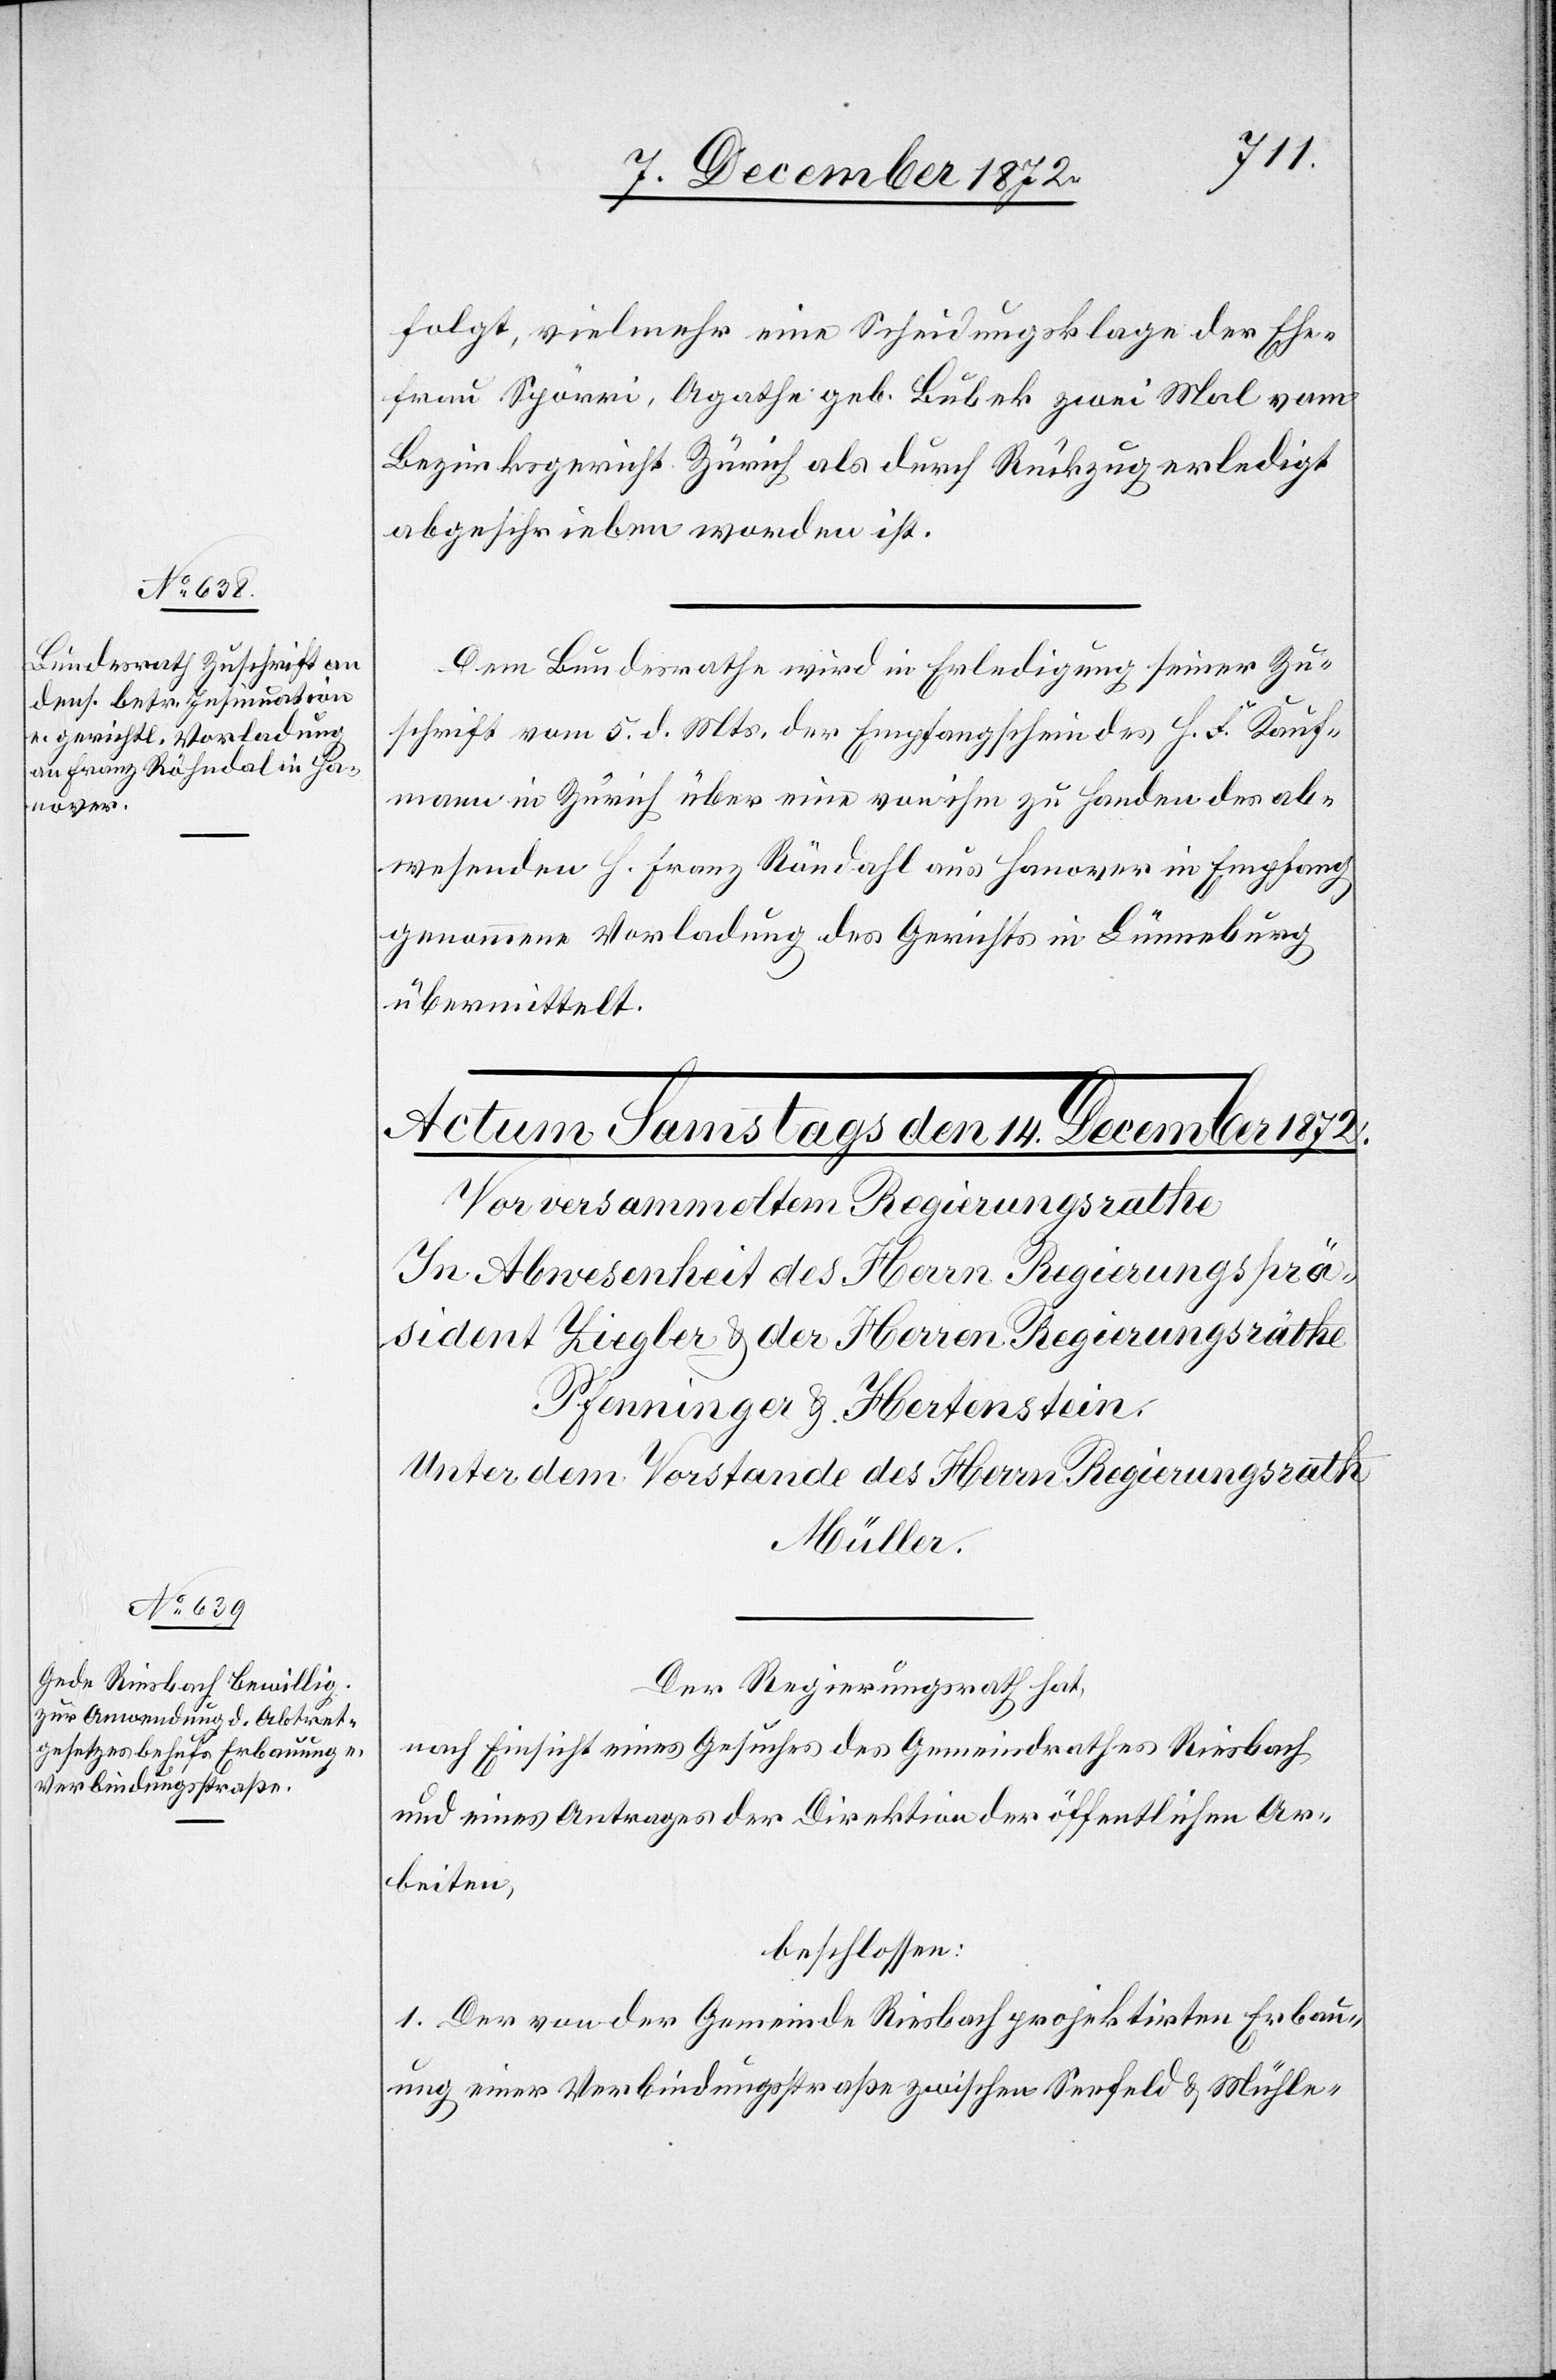
13. December 1872.]
folgt, vielmehr eine Scheidungsklage der Ehe¬
frau Spörri, Agathe geb. Bubek zwei Mal vom
Bezirksgericht Zürich als durch Rückzug erledigt
abgeschrieben worden ist.
Dem Bundesrathe wird in Erledigung seiner Zu¬
schrift vom 5. d. Mts. der Empfangschein des H. F. Kauf¬
mann in Zürich über eine von ihm zu Handen des ab¬
wesenden H. Franz Röndahl aus Hanover in Empfang
genommene Vorladung des Gerichts in Lünneburg
übermittelt.
Der Regierungsrath hat,
nach Einsicht eines Gesuches des Gemeindrathes Riesbach
und eines Antrages der Direktion der öffentlichen Ar¬
beiten,
beschlossen:
1. Der von der Gemeinde Riesbach projektirten Erbau¬
ung einer Verbindungsstraße zwischen Seefeld u. Mühle-